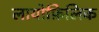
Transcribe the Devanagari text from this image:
लायोफ़िलिक